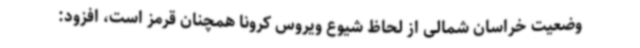
وضعیت خراسان شمالی از لحاظ شیوع ویروس کرونا همچنان قرمز است، افزود: